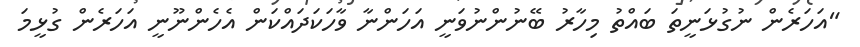
"އަހަރެން ނުގުޅަނީތަ ބައްތު މިހާރު ބޭނުންނުވަނީ އަހަންނާ ވާހަކަދައްކަން އެހެންނޫނީ އަހަރެން ގުޅީމަ